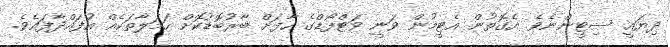
ދިޔައީ ސިޓީންނެވެ. އެގޮތުން އެޓީމުން ވަނީ ވަޓްފޯޑްގެ ހާފަށް ބާރުބޮޑުކޮށް ހަމަލާތަކެއް އުފައްދާފައެވެ.